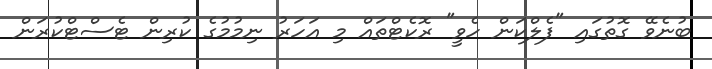
ބުނެވޭ ގޮތުގައި "ފެލްކަން ހެވީ" ރޮކެޓްތައް މި އަހަރު ނިމުމުގެ ކުރިން ޓެސްޓްކުރަން